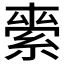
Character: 𮈖